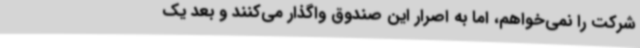
شرکت را نمی‌خواهم، اما به اصرار این صندوق واگذار می‌کنند و بعد یک